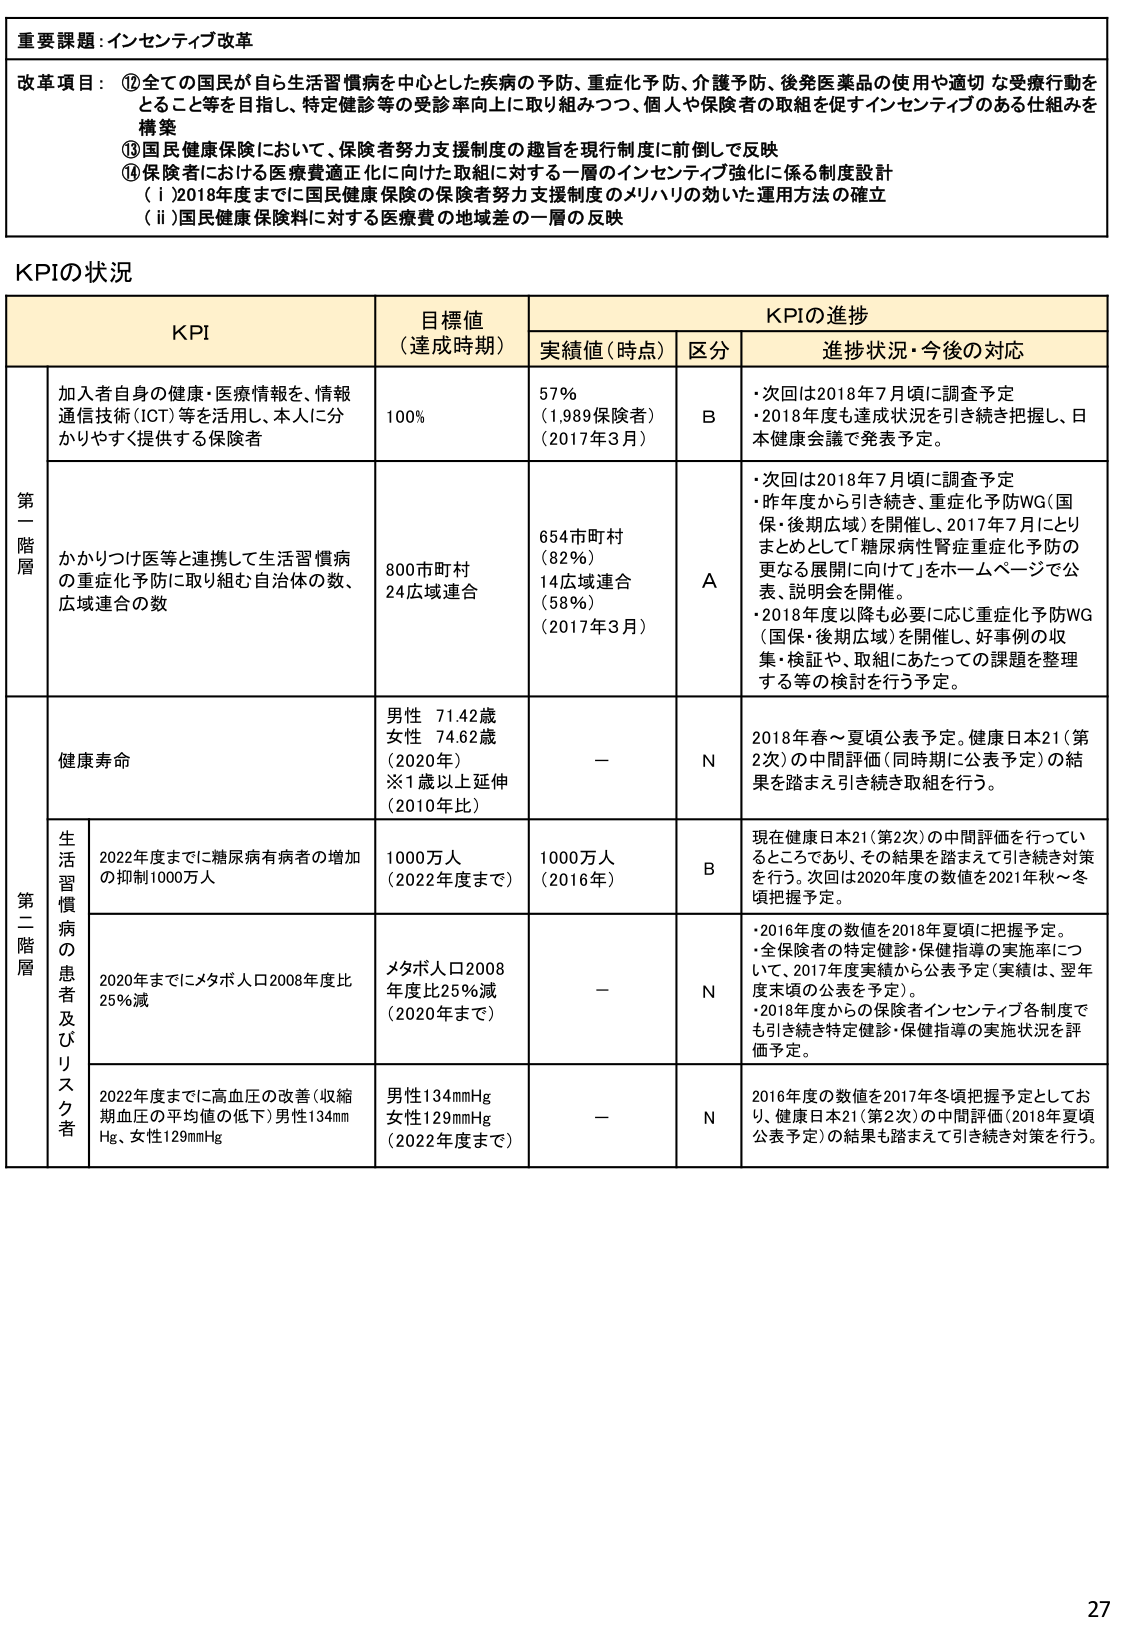
重要課題：インセンティブ改革

改革項目：
⑫ 全ての国民が自ら生活習慣病を中心とした疾病の予防、重症化予防、介護予防、後発医薬品の使用や適切な受療行動をとること等を目指し、特定健診等の受診率向上に取り組みつつ、個人や保険者の取組を促すインセンティブのある仕組みを構築

⑬ 国民健康保険において、保険者努力支援制度の趣旨を現行制度に前倒して反映

⑭ 保険者における医療費適正化に向けた取組に対する一層のインセンティブ強化に係る制度設計
（ⅰ）2018年度までに国民健康保険の保険者努力支援制度のメリハリの効いた運用方法の確立
（ⅱ）国民健康保険料に対する医療費の地域差の一層の反映

KPIの状況

KPI | 目標値（達成時期） | KPIの進捗 | | |
--- | --- | --- | --- | ---
| | | 実績値（時点） | 区分 | 進捗状況・今後の対応 |

第一階層 | 加入者自身の健康・医療情報を、情報通信技術（ICT）等を活用し、本人に分かりやすく提供する保険者 | 100% | 57%（1,989保険者）（2017年3月） | B | ・次回は2018年7月頃に調査予定<br>・2018年度も達成状況を引き続き把握し、日本健康会議で発表予定。

| かかりつけ医等と連携して生活習慣病の重症化予防に取り組む自治体の数、広域連合の数 | 800市町村<br>24広域連合 | 654市町村（82%）<br>14広域連合（58%）（2017年3月） | A | ・次回は2018年7月頃に調査予定<br>・昨年度から引き続き、重症化予防WG（国保・後期広域）を開催し、2017年7月にとりまとめとして「糖尿病性腎症重症化予防の更なる展開に向けて」をホームページで公表、説明会を開催。<br>・2018年度以降も必要に応じ重症化予防WG（国保・後期広域）を開催し、好事例の収集・検証や、取組にあたっての課題を整理する等の検討を行う予定。

第二階層 | 健康寿命 | 男性 71.42歳<br>女性 74.62歳（2020年）<br>※1歳以上延伸（2010年比） | － | N | 2018年春～夏頃公表予定。健康日本21（第2次）の中間評価（同時期に公表予定）の結果を踏まえ引き続き取組を行う。

| 生活習慣病の患者及びリスク者 | 2022年度までに糖尿病有病者の増加の抑制1000万人 | 1000万人（2022年度まで） | 1000万人（2016年） | B | 現在健康日本21（第2次）の中間評価を行っているところであり、その結果を踏まえて引き続き対策を行う。次回は2020年度の数値を2021年秋～冬頃把握予定。

| | 2020年までにメタボ人口2008年度比25%減 | メタボ人口2008年度比25%減（2020年まで） | － | N | ・2016年度の数値を2018年夏頃に把握予定。<br>・全保険者の特定健診・保健指導の実施率について、2017年度実績から公表予定（実績は、翌年度末頃の公表を予定）。<br>・2018年度からの保険者インセンティブ各制度でも引き続き特定健診・保健指導の実施状況を評価予定。

| | 2022年度までに高血圧の改善（収縮期血圧の平均値の低下）男性134mmHg、女性129mmHg | 男性134mmHg<br>女性129mmHg（2022年度まで） | － | N | 2016年度の数値を2017年冬頃把握予定としており、健康日本21（第2次）の中間評価（2018年夏頃公表予定）の結果も踏まえて引き続き対策を行う。

27